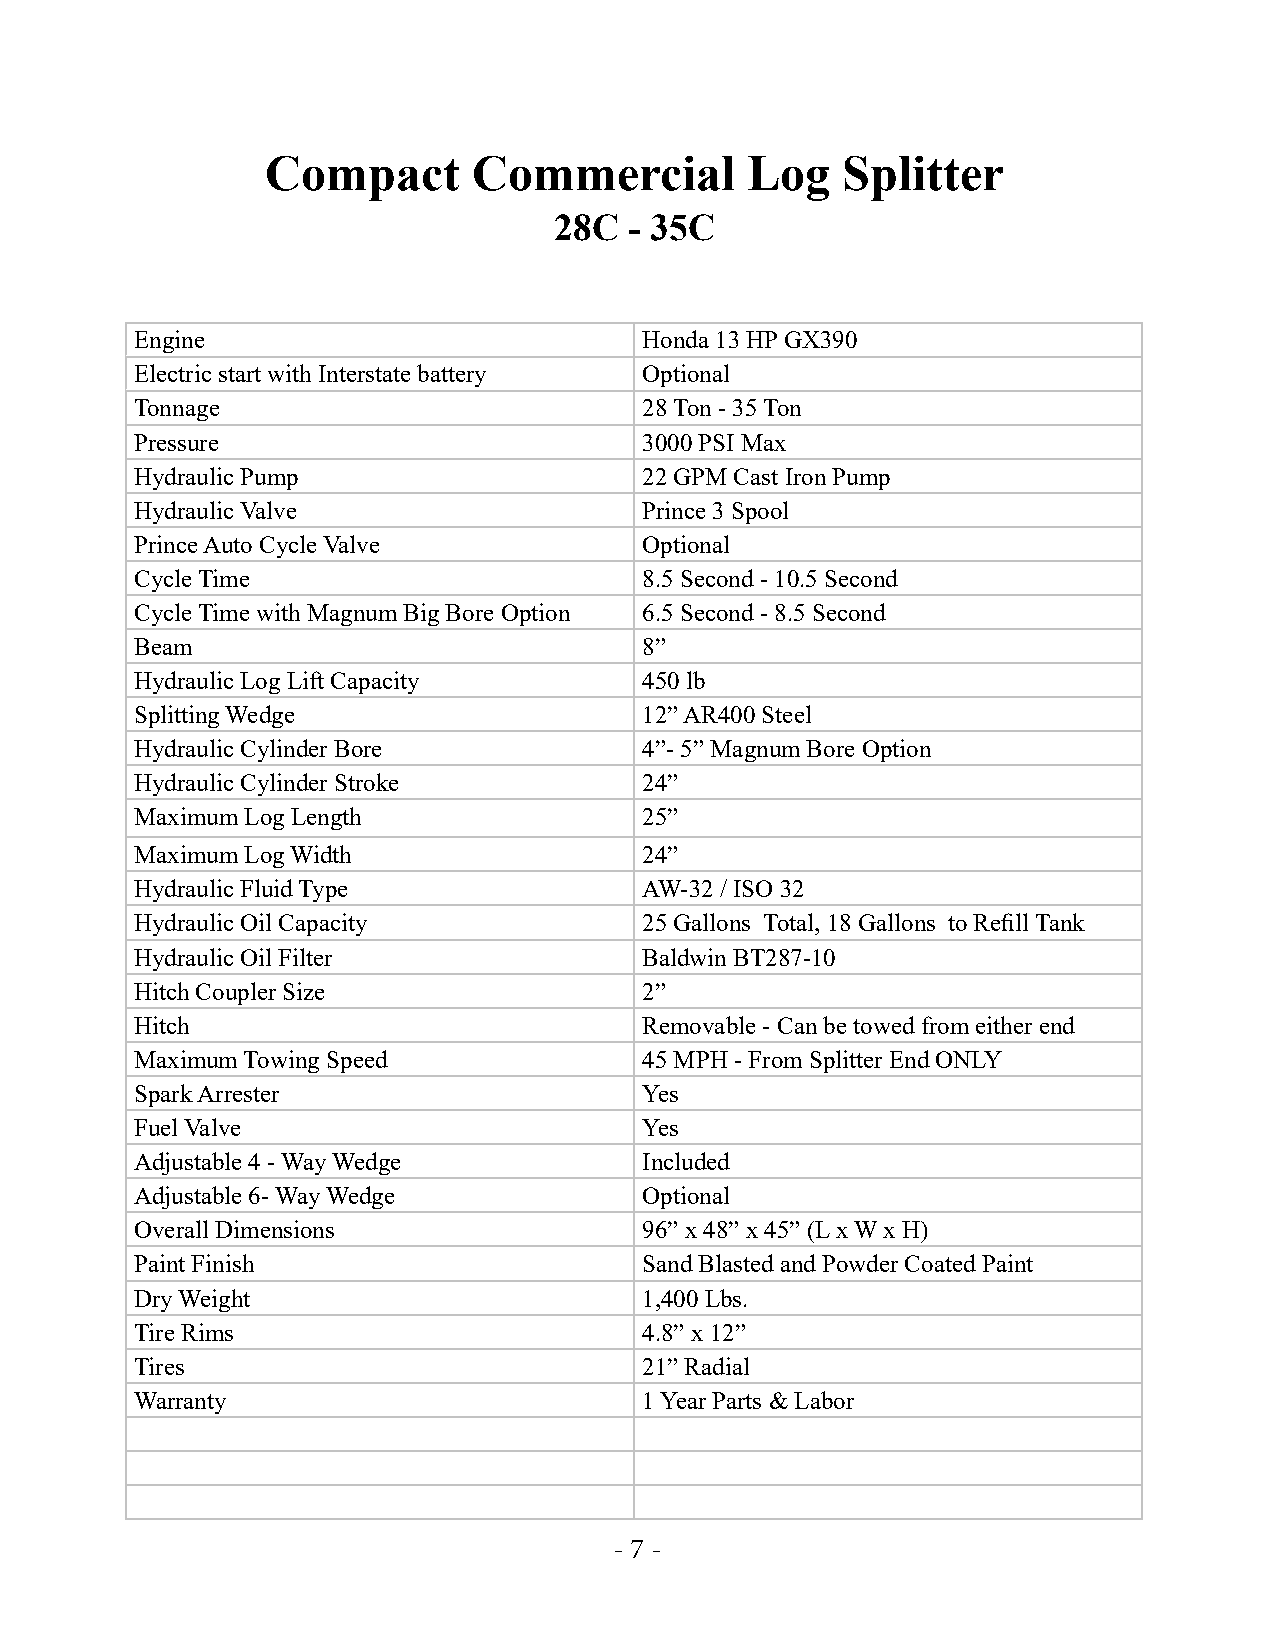
Compact      Commercial        Log    Splitter
 28C  - 35C
 Engine                            Honda 13 HP GX390
 Electric start with Interstate battery Optional
 Tonnage                           28 Ton - 35 Ton
 Pressure                          3000 PSI Max
 Hydraulic Pump                    22 GPM Cast Iron Pump
 Hydraulic Valve                   Prince 3 Spool
 Prince Auto Cycle Valve           Optional
 Cycle Time                        8.5 Second - 10.5 Second
 Cycle Time with Magnum Big Bore Option 6.5 Second - 8.5 Second
 Beam                              8”
 Hydraulic Log Lift Capacity       450 lb
 Splitting Wedge                   12” AR400 Steel
 Hydraulic Cylinder Bore           4”- 5” Magnum Bore Option
 Hydraulic Cylinder Stroke         24”
 Maximum Log Length                25”
 Maximum Log Width                 24”
 Hydraulic Fluid Type              AW-32 / ISO 32
 Hydraulic Oil Capacity            25 Gallons Total, 18 Gallons to Refill Tank
 Hydraulic Oil Filter              Baldwin BT287-10
 Hitch Coupler Size                2”
 Hitch                             Removable - Can be towed from either end
 Maximum Towing Speed              45 MPH - From Splitter End ONLY
 Spark Arrester                    Yes
 Fuel Valve                        Yes
 Adjustable 4 - Way Wedge          Included
 Adjustable 6- Way Wedge           Optional
 Overall Dimensions                96” x 48” x 45” (L x W x H)
 Paint Finish                      Sand Blasted and Powder Coated Paint
 Dry Weight                        1,400 Lbs.
 Tire Rims                         4.8” x 12”
 Tires                             21” Radial
 Warranty                          1 Year Parts & Labor
 - 7 -